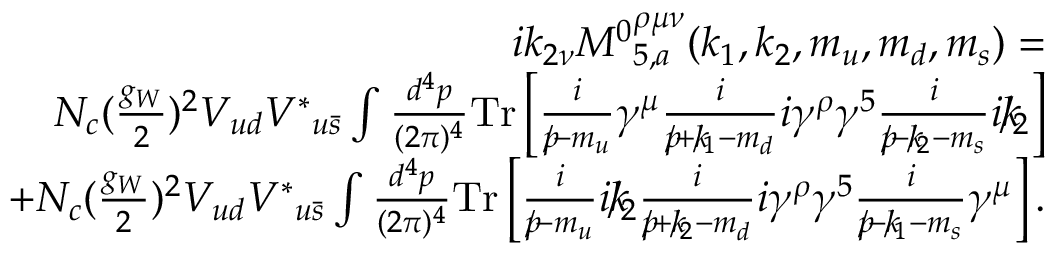
\begin{array} { r l r } & { } & { i k _ { 2 \nu } { M ^ { 0 } } _ { 5 , a } ^ { \rho \mu \nu } ( k _ { 1 } , k _ { 2 } , m _ { u } , m _ { d } , m _ { s } ) = } \\ & { } & { N _ { c } ( \frac { g _ { W } } { 2 } ) ^ { 2 } V _ { u d } { V ^ { \ast } } _ { u \bar { s } } \int \frac { d ^ { 4 } p } { ( 2 \pi ) ^ { 4 } } \mathrm { { T r } } \left[ \frac { i } { p \! \! \! / - m _ { u } } \gamma ^ { \mu } \frac { i } { p \! \! \! / + k \! \! \! / _ { 1 } - m _ { d } } i \gamma ^ { \rho } \gamma ^ { 5 } \frac { i } { p \! \! \! / - k \! \! \! / _ { 2 } - m _ { s } } i k \! \! \! / _ { 2 } \right] } \\ & { } & { + N _ { c } ( \frac { g _ { W } } { 2 } ) ^ { 2 } V _ { u d } { V ^ { \ast } } _ { u \bar { s } } \int \frac { d ^ { 4 } p } { ( 2 \pi ) ^ { 4 } } { \mathrm { T r } } \left[ \frac { i } { p \! \! \! / - m _ { u } } i k \! \! \! / _ { 2 } \frac { i } { p \! \! \! / + k \! \! \! / _ { 2 } - m _ { d } } i \gamma ^ { \rho } \gamma ^ { 5 } \frac { i } { p \! \! \! / - k \! \! \! / _ { 1 } - m _ { s } } \gamma ^ { \mu } \right] . } \end{array}